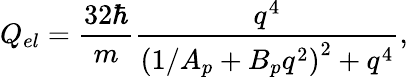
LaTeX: Q_{el}=\frac{32\hbar}{m}{\frac{q^{4}}{\left(1/A_{p}+B_{p}q^{2}\right)^{2}+q^{4}}},